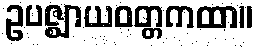
ဥပဇ္ဈာယဝတ္တကထာ။